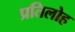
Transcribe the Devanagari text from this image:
प्रतिलोह